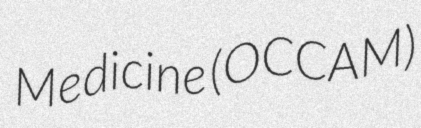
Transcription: Medicine (OCCAM)